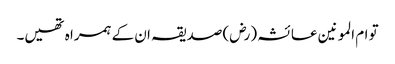
تو ام المو نین عا ئشہ (رض) صدیقہ ان کے ہمرا ہ تھیں۔